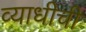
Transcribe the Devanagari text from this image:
व्याधीची